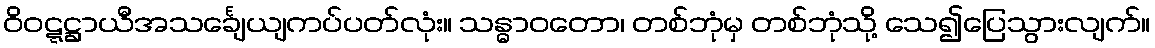
ဝိဝဋ္ဋဋ္ဌာယီအသင်္ချေယျကပ်ပတ်လုံး။ သန္ဓာဝတော၊ တစ်ဘုံမှ တစ်ဘုံသို့ သေ၍ပြေသွားလျက်။